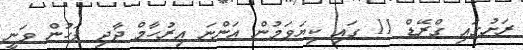
ރަށުގައި ގްރޭޑް 11 ގައި ކިޔަވަމުން އަންނަ އިރުހާމް ދާދި ފަހުން ވަނީ